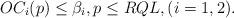
LaTeX: \begin{align*} OC_i(p) \le \beta_i, p \le RQL, (i=1,2).\end{align*}